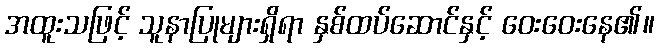
အထူးသဖြင့် သူနာပြုများရှိရာ နှစ်ထပ်ဆောင်နှင့် ဝေးဝေးနေ၏။